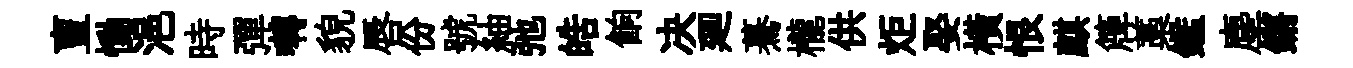
亶慟浥時彈囀貌唇份號紬弛皓餉决廽驀櫳供炬娶横恨麒簰藁鑑塵鏘